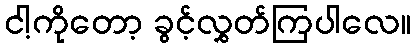
ငါ့ကိုတော့ ခွင့်လွှတ်ကြပါလေ။